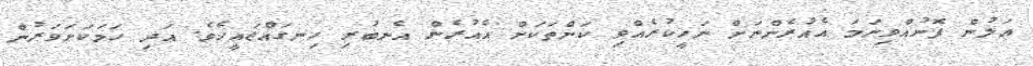
އަލުން ފޮނުއްވިނަމަ އެއުރެންނަށް ނަހީކުރެއްވި ކަންތަކަށް އެއުރެން އެނބުރި ހިނގައްޖައީހެވެ. އަދި ހަމަކަށަވަރުން